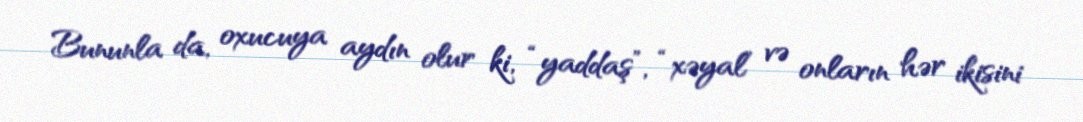
Bununla da, oxucuya aydın olur ki, “yaddaş”, “xəyal” və onların hər ikisini